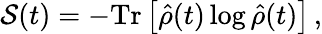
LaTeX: \mathcal{S}(t)=-\mathrm{Tr}\left[\hat{\rho}(t)\log\hat{\rho}(t)\right]\, ,